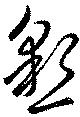
懇